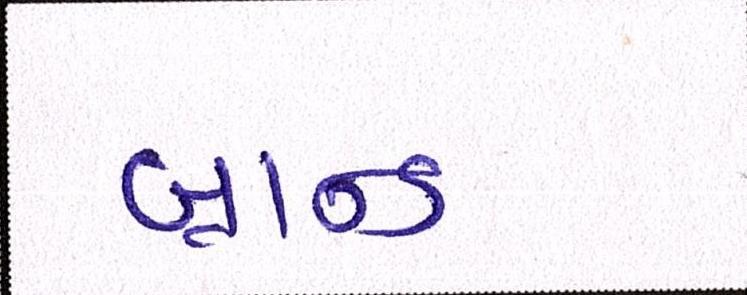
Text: બ્રાન્ડ